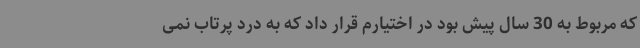
که مربوط به 30 سال پیش بود در اختیارم قرار داد که به درد پرتاب نمی